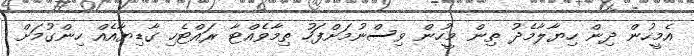
އެމީހުން ދިން ހިޔާލާމެދު ތިން މީހުން ވިސްނުމަށްފަހު ތިމާވެއްޓާ ރައްޓެހި ގާޑިޔާއެއް ހިންގުމަށް